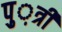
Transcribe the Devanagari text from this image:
पु़़त्री